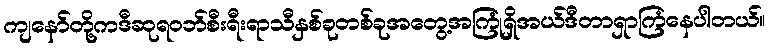
ကျနော်တို့ကဒီဆုရဝဘ်စီးရီးရာသီနှစ်ခုတစ်ခုအတွေ့အကြုံရှိအယ်ဒီတာရှာကြံနေပါတယ်။